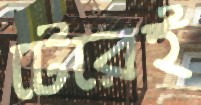
টেরেই